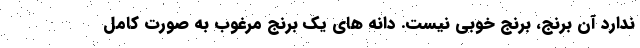
ندارد آن برنج، برنج خوبی نیست. دانه های یک برنج مرغوب به صورت کامل